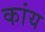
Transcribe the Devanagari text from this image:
कांय